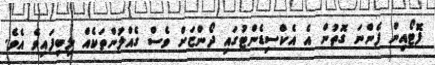
ފޮޓޯއިން ފެންނަ ގޮތުން އެ އެކްސިޑެންޓުގައި ދޯންޏަށް ވެސް ގެއްލުންތަކެއް ލިބިފައިވެ އެވެ.